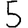
Digit: 5